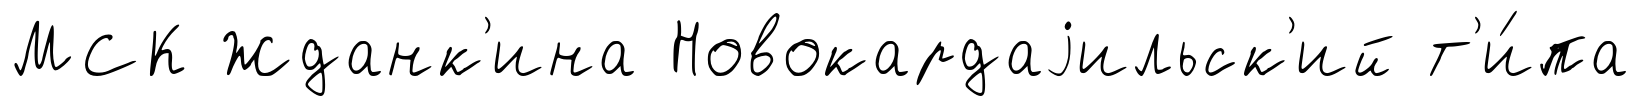
МСК Жданк'ина Новокардаjильск'ий т'и́па